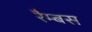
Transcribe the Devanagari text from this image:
रैम्बस